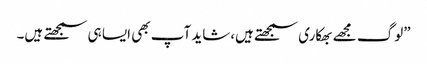
”لوگ مجھے بھکاری سمجھتے ہیں،شاید آپ بھی ایسا ہی سمجھتے ہیں۔